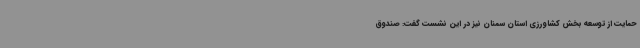
حمایت از توسعه بخش کشاورزی استان سمنان نیز در این نشست گفت: صندوق